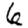
Digit: 6